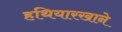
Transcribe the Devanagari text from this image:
हथियारखाने